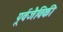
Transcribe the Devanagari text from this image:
पूर्वजैविकी